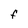
Character: F